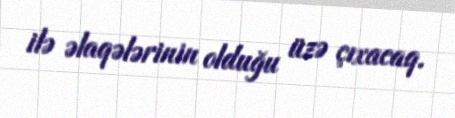
ilə əlaqələrinin olduğu üzə çıxacaq.